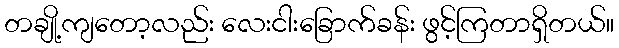
တချို့ကျတော့လည်း လေးငါးခြောက်ခန်း ဖွင့်ကြတာရှိတယ်။